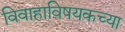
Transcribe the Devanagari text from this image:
विवाहाविषयकच्या